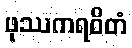
ဖုဿကရဝိတံ